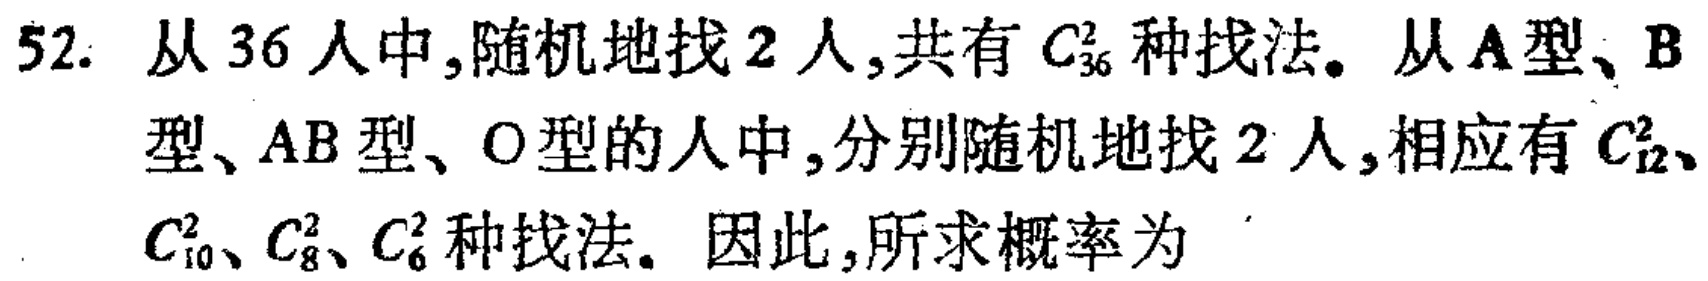
52. 从 36 人中,随机地找 2 人,共有 \(C_{36}^2\) 种找法。从 A型、B型、AB型、O型的人中,分别随机地找 2 人,相应有 \(C_{12}^2\)、\(C_{10}^2\)、\(C_{8}^2\)、\(C_{6}^2\) 种找法。因此,所求概率为